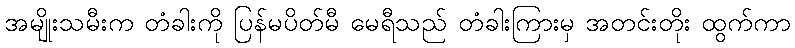
အမျိုးသမီးက တံခါးကို ပြန်မပိတ်မီ မေရီသည် တံခါးကြားမှ အတင်းတိုး ထွက်ကာ